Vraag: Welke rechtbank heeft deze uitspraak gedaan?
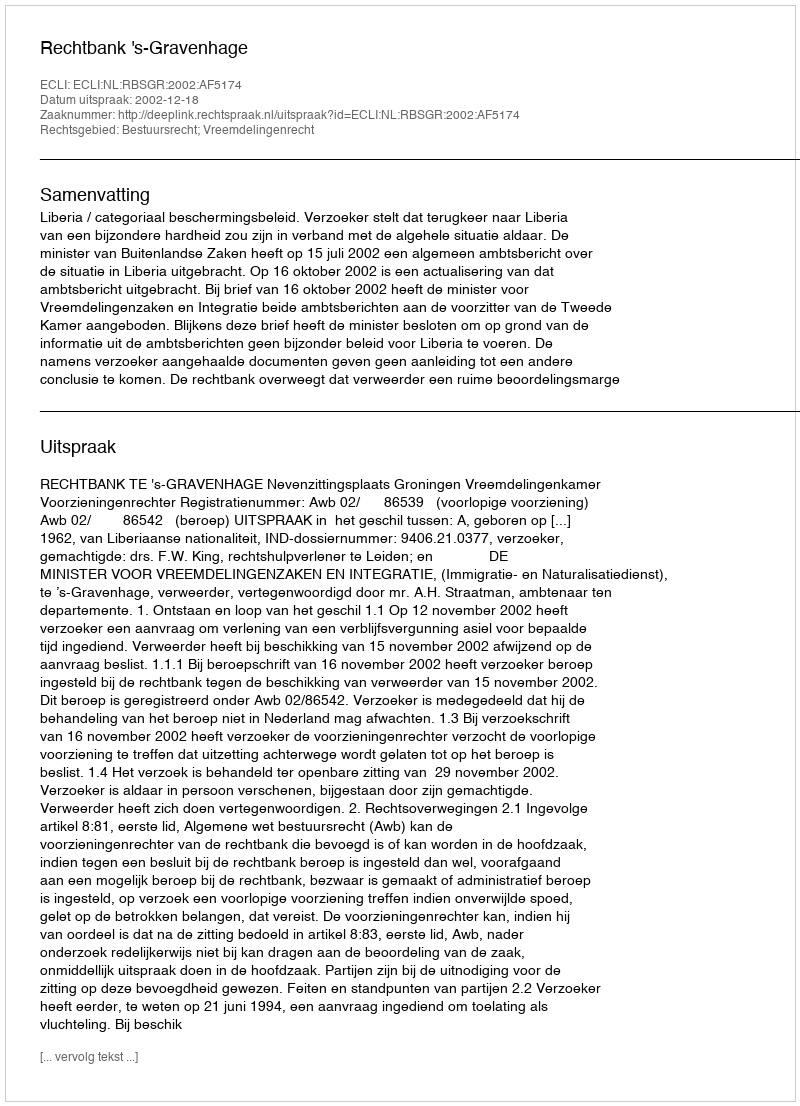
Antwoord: Rechtbank 's-Gravenhage